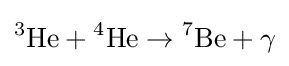
{^{3}}{\text{He}}+{^{4}}{\text{He}}\to {^{7}}{\text{Be}}+\operatorname {\gamma }